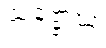
သဗ္ဗောဃံ